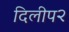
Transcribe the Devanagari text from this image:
दिलीप२